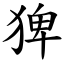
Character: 猈